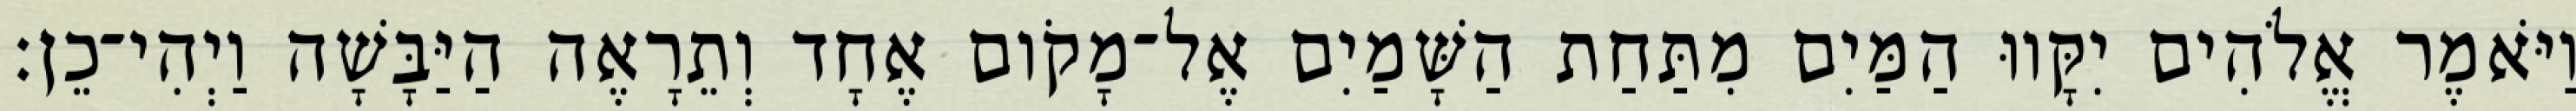
וַיֹּאמֶר אֱלֹהִים יִקָּווּ הַמַּיִם מִתַּחַת הַשָּׁמַיִם אֶל־מָקֹום אֶחָד וְתֵרָאֶה הַיַּבָּשָׁה וַיְהִי־כֵן׃